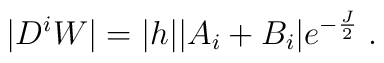
|D^iW| = |h||A_i+B_i|e^{-\frac{J}{2}} \; .